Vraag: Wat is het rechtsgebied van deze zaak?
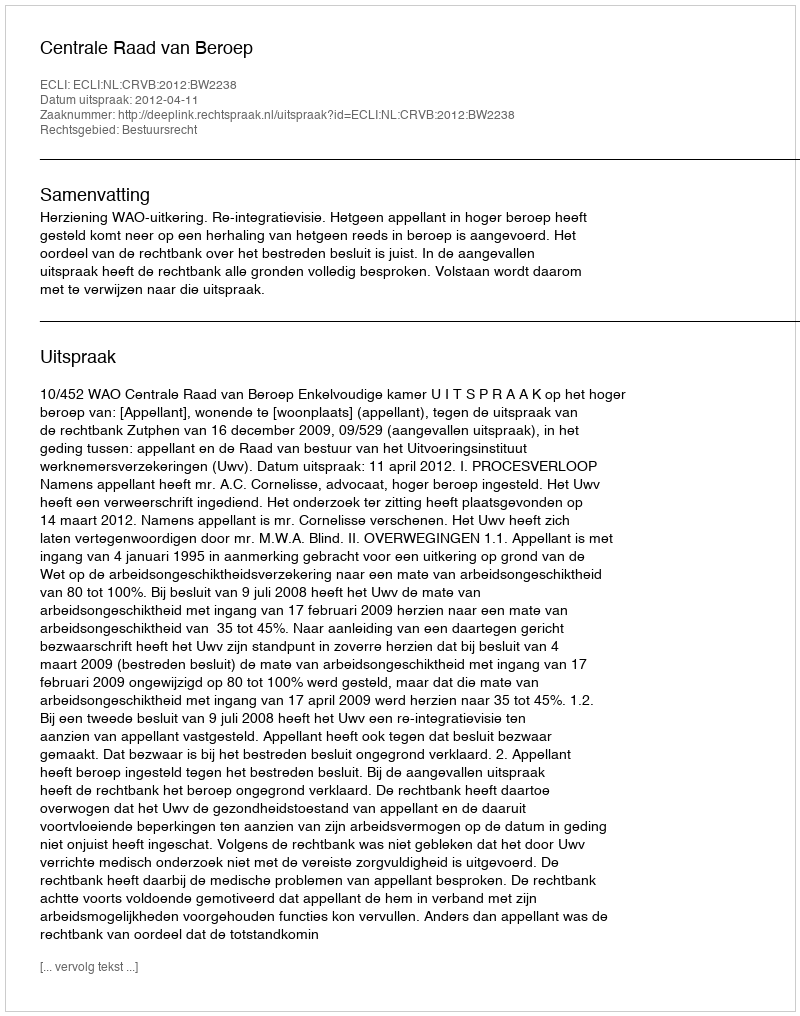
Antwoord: Bestuursrecht